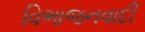
વિભાજનવાદી